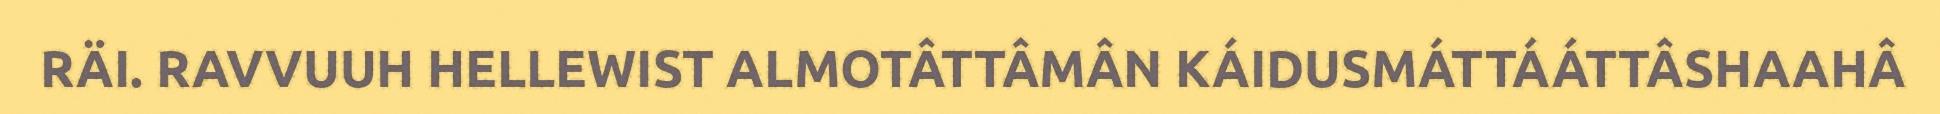
RÄI. RAVVUUH HELLEWIST ALMOTÂTTÂMÂN KÁIDUSMÁTTÁÁTTÂSHAAHÂ